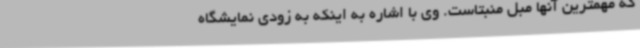
که مهمترین آنها مبل منبتاست. وی با اشاره به اینکه به زودی نمایشگاه